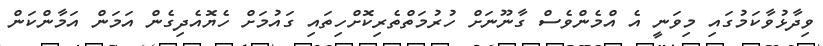
ވިދާޅުވާކަމުގައި މިވަނީ އެ އްމެންވެސް ގާނޫނަށް ހުރުމަތްތެރިކޮށްހިތައި ގައުމަށް ހެޔޮއެދިގެން އަމަން އަމާންކަން